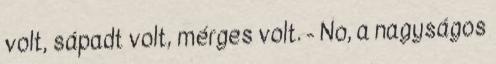
volt, sápadt volt, mérges volt. - No, a nagyságos